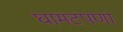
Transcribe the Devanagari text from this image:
घामटपणा